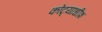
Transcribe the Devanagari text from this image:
कोट्याधीश